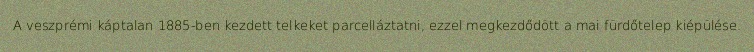
A veszprémi káptalan 1885-ben kezdett telkeket parcelláztatni, ezzel megkezdődött a mai fürdőtelep kiépülése.